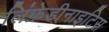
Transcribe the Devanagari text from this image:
लिंफ़ेडीनाइटिस